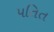
પતિત